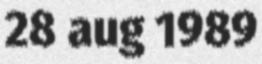
28 aug 1989